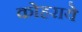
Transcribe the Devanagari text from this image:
कोहराये